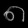
Digit: ၈